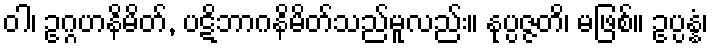
ဝါ၊ ဥဂ္ဂဟနိမိတ်, ပဋိဘာဂနိမိတ်သည်မူလည်း။ နုပ္ပဇ္ဇတိ၊ မဖြစ်။ ဥပ္ပန္နံ၊